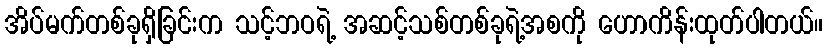
အိပ်မက်တစ်ခုရှိခြင်းက သင့်ဘဝရဲ့ အဆင့်သစ်တစ်ခုရဲ့အစကို ဟောကိန်းထုတ်ပါတယ်။